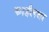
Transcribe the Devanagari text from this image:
फाईलचा